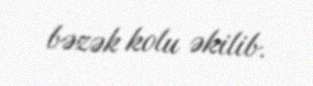
bəzək kolu əkilib.